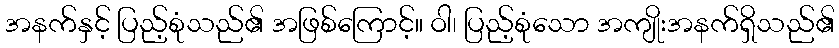
အနက်နှင့် ပြည့်စုံသည်၏ အဖြစ်ကြောင့်။ ဝါ၊ ပြည့်စုံသော အကျိုးအနက်ရှိသည်၏